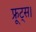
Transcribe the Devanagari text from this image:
फ्रूट्स।